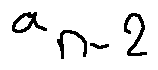
a _ { n - 2 }